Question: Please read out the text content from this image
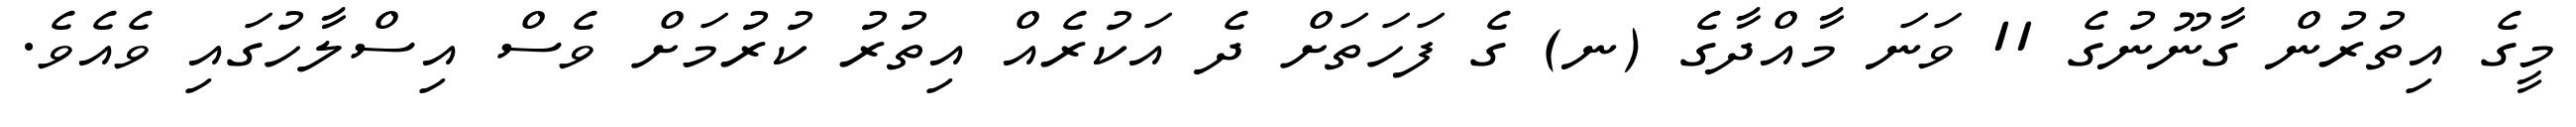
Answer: މީގެ އިތުރުން ގާނޫނުގެ 11 ވަނަ މާއްދާގެ (ނ) ގެ ފަހަތަށް ދެ އަކުރެއް އިތުރު ކުރުމަށް ވެސް އިސްލާހުގައި ވެއެވެ.